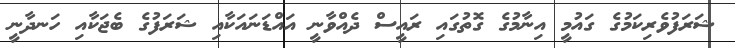
ޝަރަފުވެރިކަމުގެ ގައުމީ އިނާމުގެ ގޮތުގައި ރައީސް ދެއްވާނީ އައްޑަނައަކާއި ޝަރަފުގެ ބެޖަކާއި ހަނދާނީ